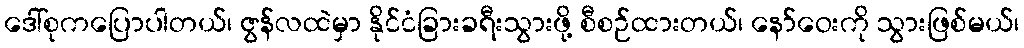
ဒေါ်စုကပြောပါတယ်၊ ဇွန်လထဲမှာ နိုင်ငံခြားခရီးသွားဖို့ စီစဉ်ထားတယ်၊ နော်ဝေးကို သွားဖြစ်မယ်၊